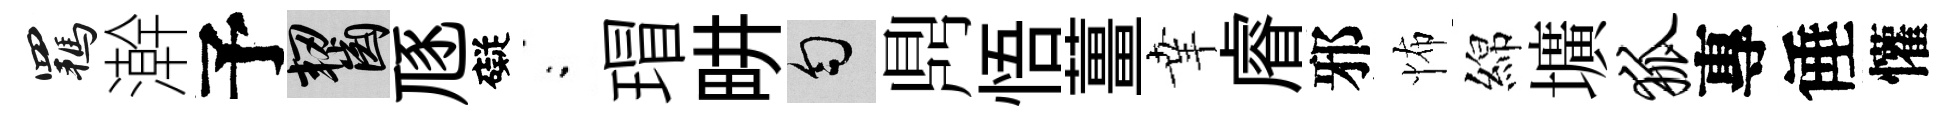
羈澣予齧豗礙閤瑁畊匀𪔂悟薑𦍒𥈠邪怖綿壙狐專倕懽